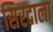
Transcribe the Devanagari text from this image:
सिरदाला